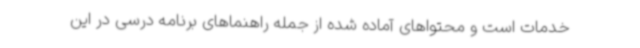
خدمات است و محتواهای آماده شده از جمله راهنماهای برنامه درسی در این